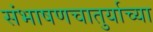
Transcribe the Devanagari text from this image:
संभाषणचातुर्याच्या